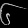
Digit: ၆